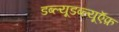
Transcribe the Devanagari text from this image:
डब्ल्यूडब्ल्यूऍफ़